Manual of the Civil Veterinary Department, Central Provinces and Berar
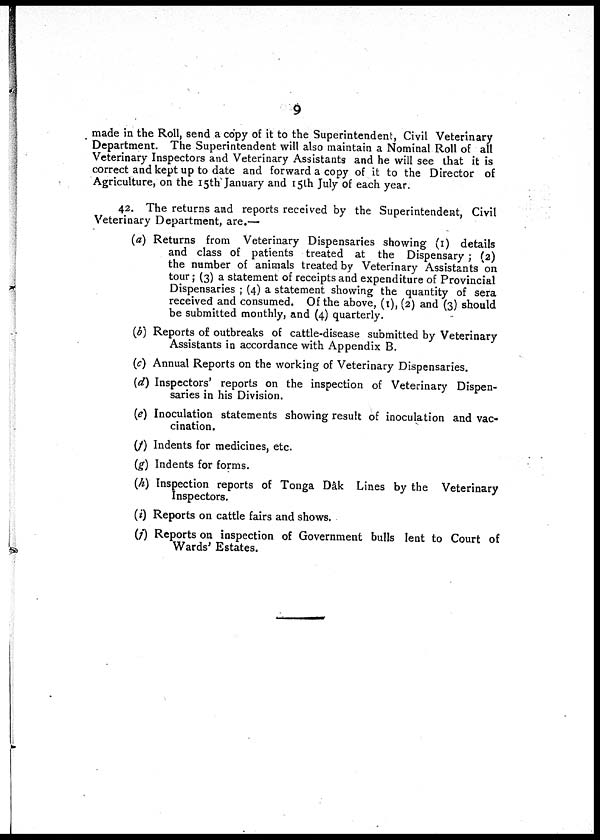
9
made in the Roll, send a copy of it to the Superintendent, Civil Veterinary
Department. The Superintendent will also maintain a Nominal Roll of all
Veterinary Inspectors and Veterinary Assistants and he will see that it is
correct and kept up to date and forward a copy of it to the Director of
Agriculture, on the 15th January and 15th July of each year.
42. The returns and reports received by the Superintendent, Civil
Veterinary Department, are.—
(a) Returns from Veterinary Dispensaries showing (1) details
and class of patients treated at the Dispensary; (2)
the number of animals treated by Veterinary Assistants on
tour; (3) a statement of receipts and expenditure of Provincial
Dispensaries; (4) a statement showing the quantity of sera
received and consumed. Of the above, (1), (2) and (3) should
be submitted monthly, and (4) quarterly.
(b) Reports of outbreaks of cattle-disease submitted by Veterinary
Assistants in accordance with Appendix B.
(c) Annual Reports on the working of Veterinary Dispensaries.
(d) Inspectors' reports on the inspection of Veterinary Dispen-
saries in his Division.
(e) Inoculation statements showing result of inoculation and vac-
cination.
(f) Indents for medicines, etc.
(g) Indents for forms.
(h) Inspection reports of Tonga Dâk Lines by the Veterinary
Inspectors.
(i) Reports on cattle fairs and shows.
(j) Reports on inspection of Government bulls lent to Court of
Wards' Estates.